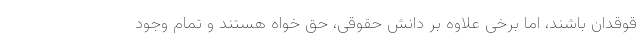
قوقدان باشند، اما برخی علاوه بر دانش حقوقی، حق خواه هستند و تمام وجود